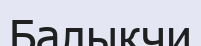
Балыкчи